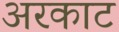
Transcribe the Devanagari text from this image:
अरकाट